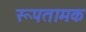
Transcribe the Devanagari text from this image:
रूपतामक